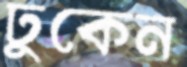
ঢুকেন